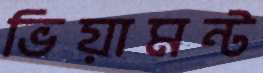
ভিয়ামন্ট